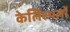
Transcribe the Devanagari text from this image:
केलिस्थलों